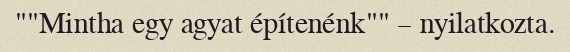
""Mintha egy agyat építenénk"" – nyilatkozta.